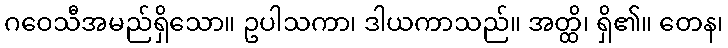
ဂဝေသီအမည်ရှိသော။ ဥပါသကာ၊ ဒါယကာသည်။ အတ္ထိ၊ ရှိ၏။ တေန၊